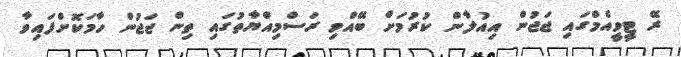
ރޭ ޓީވީއެމްގައި ޖަޖުން އިއުލާން ކުރުމަށް ބޭއްވި ރަސްމިއްޔާތުގައި ތިން ޖަޖުން ހާމަކޮށްފައިވާ